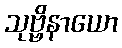
သုဗ္ဗိနာယော